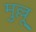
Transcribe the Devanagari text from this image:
मुल्लू